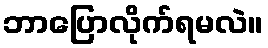
ဘာပြောလိုက်ရမလဲ။